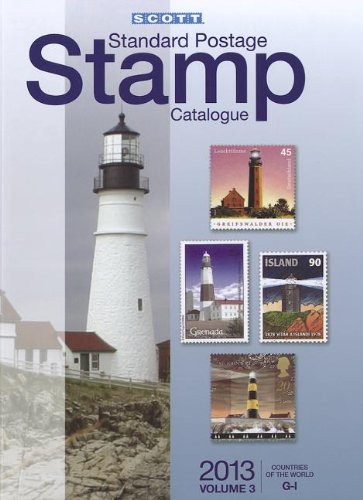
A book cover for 2013 Scott Standard Postage Stamp Catalogue Volume 3 Countries of the World G-I (Scott Standard Postage Stamp Catalogue: Vol.3: Countries of the World G-I); Crafts, Hobbies & Home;